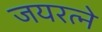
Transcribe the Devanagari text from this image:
जयरत्ने